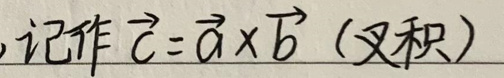
, 记作 $\vec{c}=\vec{a} \times \vec{b}$ (叉积)